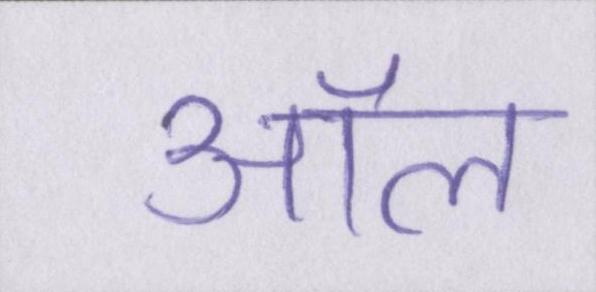
ऑल